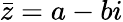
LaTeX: {\bar{z}}=a-bi